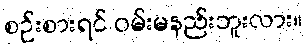
စဉ်းစားရင် ဝမ်းမနည်းဘူးလား။